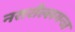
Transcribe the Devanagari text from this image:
नसरौल्लगन्ज